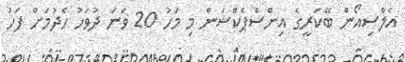
އެލްސިއޯން ބޭކަރީގެ އިންސްޕެކްޝަން މި މަހު 20 ވަނަ ދުވަހު ހެދުމަށް ފަހު